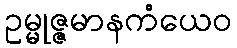
ဥမ္မုဇ္ဇမာနကံယေဝ